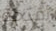
أقتحم